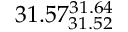
3 1 . 5 7 _ { 3 1 . 5 2 } ^ { 3 1 . 6 4 }